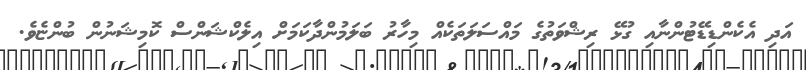
އަދި އެކެންޑިޑޭޓުންނާއި ގުޅޭ ރިޝްވަތުގެ މައްސަލަތަކެއް މިހާރު ބަލަމުންދާކަމަށް އިލެކްޝަންސް ކޮމިޝަނުން ބުންޏެވެ.